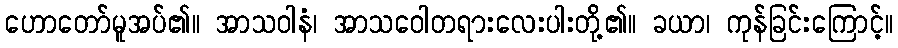
ဟောတော်မူအပ်၏။ အာသဝါနံ၊ အာသဝေါတရားလေးပါးတို့၏။ ခယာ၊ ကုန်ခြင်းကြောင့်။